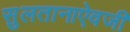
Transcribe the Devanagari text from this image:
सुलतानाऐवजी